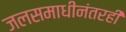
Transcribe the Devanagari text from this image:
जलसमाधीनंतरही